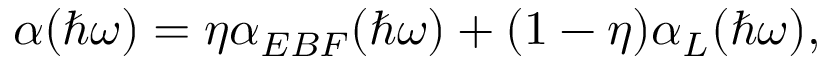
\alpha ( \hbar \omega ) = \eta \alpha _ { E B F } ( \hbar \omega ) + ( 1 - \eta ) \alpha _ { L } ( \hbar \omega ) ,